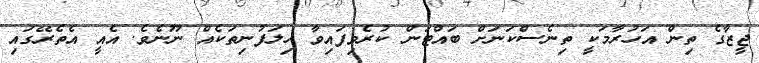
ޖީޒާގެ ތިން އަހުރާމަކީ ތިނެސްކަނަށް ބައްޓަން ކުރެވިފައިވާ ހިލަފުނިތަކެއް ނޫނެވެ. އެއީ އެތެރޭގައި